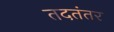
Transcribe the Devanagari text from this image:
तदतंतर